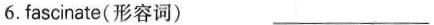
6. fascinate(形容词) ___